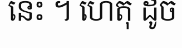
នេះ ។ ហេតុ ដូច